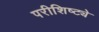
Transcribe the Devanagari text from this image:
परीशिष्ट्ये